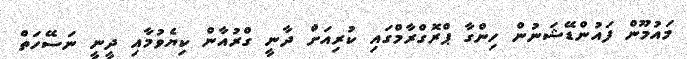
މައުމޫން ފައުންޑޭޝަނުން ހިންގާ ޕްރޮގްރާމްގައި ކުރިއަށް ދާނީ ގްރުއާން ކިޔެވުމާއި ދީނީ ނަސޭހަތް